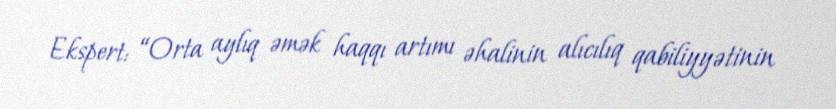
Ekspert: “Orta aylıq əmək haqqı artımı əhalinin alıcılıq qabiliyyətinin